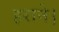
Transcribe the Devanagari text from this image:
हराने।